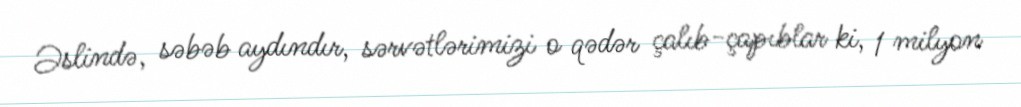
Əslində, səbəb aydındır, sərvətlərimizi o qədər çalıb-çapıblar ki, 1 milyon